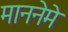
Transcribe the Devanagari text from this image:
माननेमे